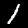
Label: 1